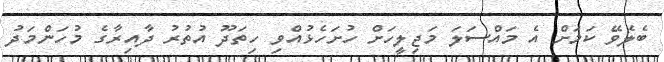
ބެލެވޭ ކަމަށް އެ މައްސަލަ މަޖިލީހަށް ހުށަހެޅުއްވި ހިތަދޫ އުތުރު ދާއިރާގެ މުހަންމަދު